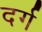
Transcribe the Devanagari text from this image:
दर्ग